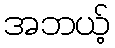
အဘယ့်